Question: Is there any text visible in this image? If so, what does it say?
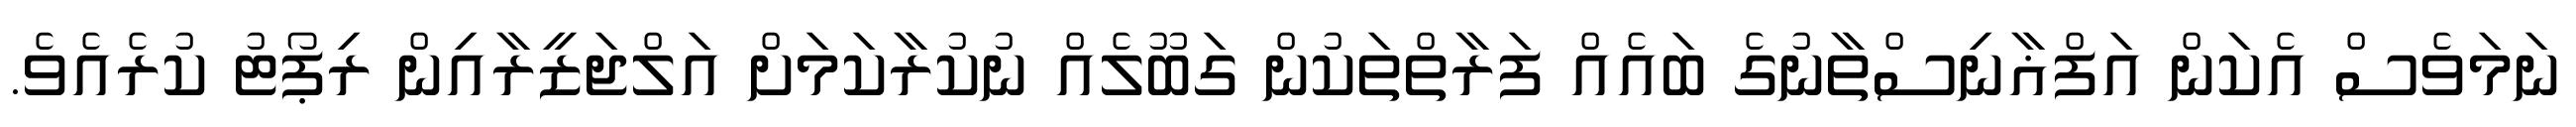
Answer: ނަމަވެސް އެކަން އަފްޣާނިސްތާނުގެ ބައެއް ފަރާތްތަކުން ގަބޫލެއް ނުކުރާކަމަށް އަލްޖަޒީރާއިން ރިޕޯޓު ކުރެއެވެ.